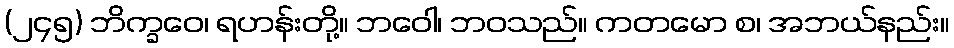
(၂၄၅) ဘိက္ခဝေ၊ ရဟန်းတို့။ ဘဝေါ၊ ဘဝသည်။ ကတမော စ၊ အဘယ်နည်း။